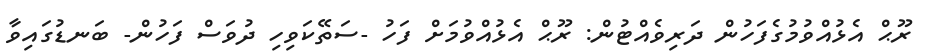
ރޫޙް އެޅުއްވުމުގެފަހުން ދަރިވެއްޓުން: ރޫޙް އެޅުއްވުމަށް ފަހު -ސަތޭކަވިހި ދުވަސް ފަހުން- ބަނޑުގައިވާ